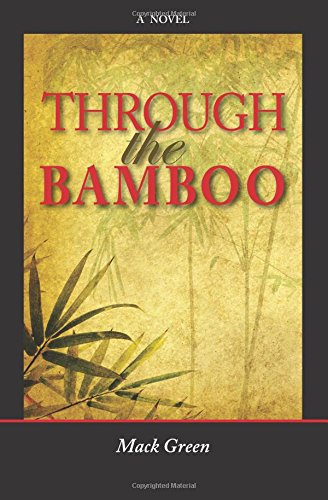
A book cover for Through the Bamboo; Mack Green; Science Fiction & Fantasy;